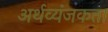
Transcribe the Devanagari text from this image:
अर्थव्यंजकता